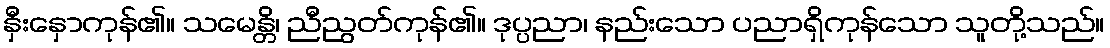
နှီးနှောကုန်၏။ သမေန္တိ၊ ညီညွတ်ကုန်၏။ ဒုပ္ပညာ၊ နည်းသော ပညာရှိကုန်သော သူတို့သည်။